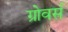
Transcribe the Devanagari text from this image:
ग्रोवर्स